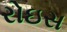
રોઇસ